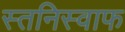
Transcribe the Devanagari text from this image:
स्तनिस्वाफ